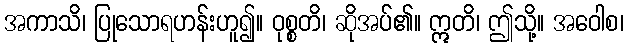
အကာသိ၊ ပြုသောရဟန်းဟူ၍။ ဝုစ္စတိ၊ ဆိုအပ်၏။ ဣတိ၊ ဤသို့။ အဝေါစ၊